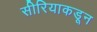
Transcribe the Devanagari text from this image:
सीरियाकडून